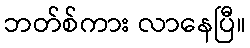
ဘတ်စ်ကား လာနေပြီ။